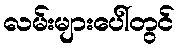
လမ်းများပေါ်တွင်